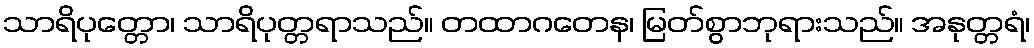
သာရိပုတ္တော၊ သာရိပုတ္တရာသည်။ တထာဂတေန၊ မြတ်စွာဘုရားသည်။ အနုတ္တရံ၊